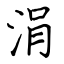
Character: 涓